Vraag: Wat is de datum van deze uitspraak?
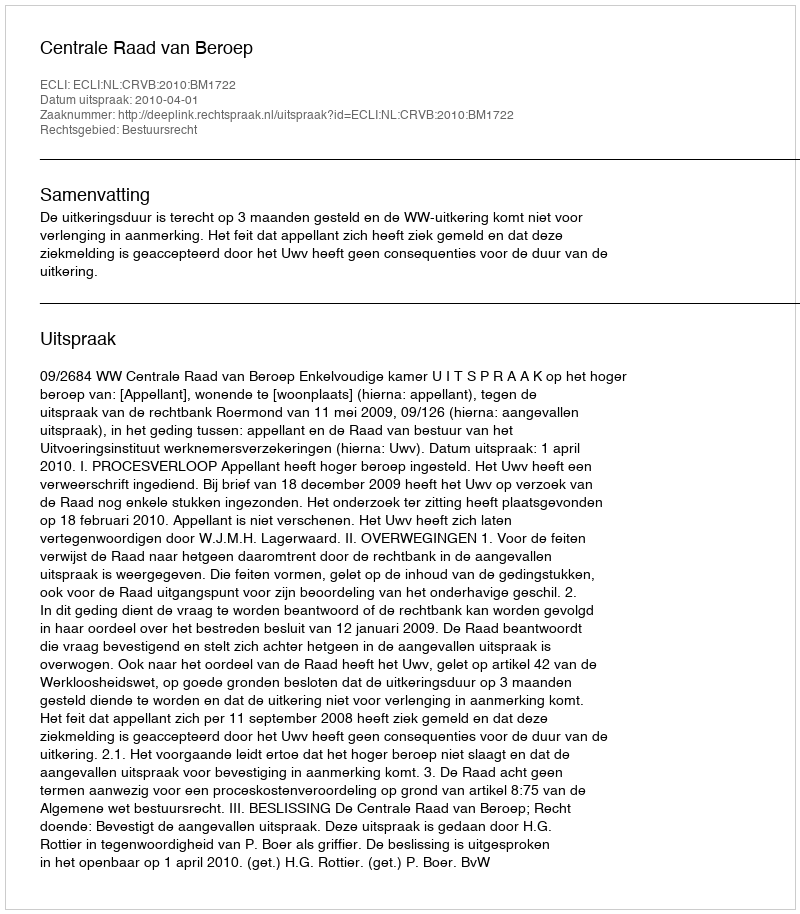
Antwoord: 2010-04-01